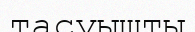
тасуышты